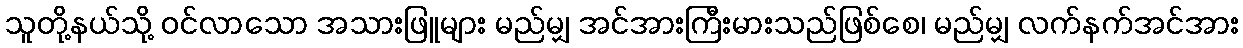
သူတို့နယ်သို့ ဝင်လာသော အသားဖြူများ မည်မျှ အင်အားကြီးမားသည်ဖြစ်စေ၊ မည်မျှ လက်နက်အင်အား